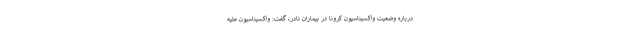
درباره وضعیت واکسیناسیون کرونا در بیماران نادر، گفت: واکسیناسیون علیه